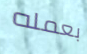
بعمله